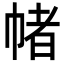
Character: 帾